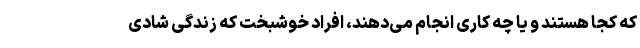
که کجا هستند و یا چه کاری انجام می‌دهند، افراد خوشبخت که زندگی شادی